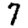
Digit: 7